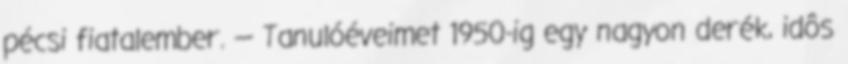
pécsi fiatalember. — Tanulóéveimet 1950-ig egy nagyon derék, idôs